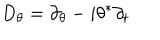
LaTeX: D _ { \theta } = \partial _ { \theta } - i \theta ^ { \ast } \partial _ { t }